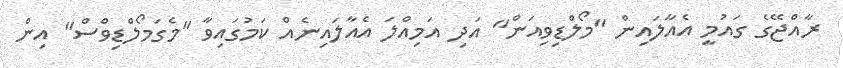
ރާއްޖޭގެ ގައުމީ އެއާލައިން "މޯލްޑިވިއަން" އަދި އަމިއްލަ އެއާލައިނެއް ކަމުގައިވާ "މެގަމޯލްޑިވްސް" އިން